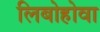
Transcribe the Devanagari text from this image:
लिबोहोवा